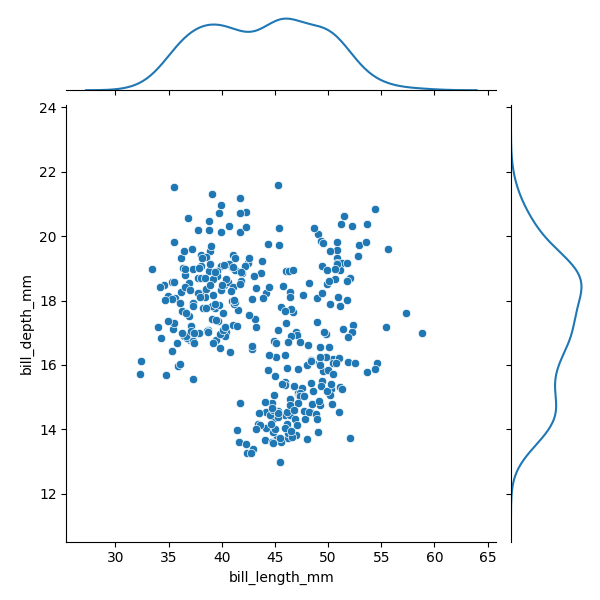
python, seaborn, JointGrid, scatterplot, kdeplot